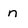
Character: n